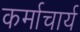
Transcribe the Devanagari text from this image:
कर्माचार्य